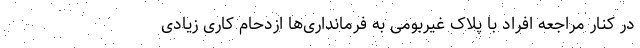
در کنار مراجعه افراد با پلاک غیربومی به فرمانداری‌ها ازدحام کاری زیادی